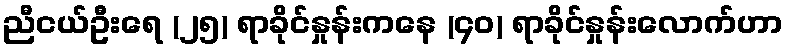
ညီငယ်ဦးရေ (၂၅) ရာခိုင်နှုန်းကနေ (၄၀) ရာခိုင်နှုန်းလောက်ဟာ